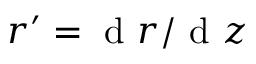
r ^ { \prime } = \mathrm { ~ d ~ } r / \mathrm { ~ d ~ } z